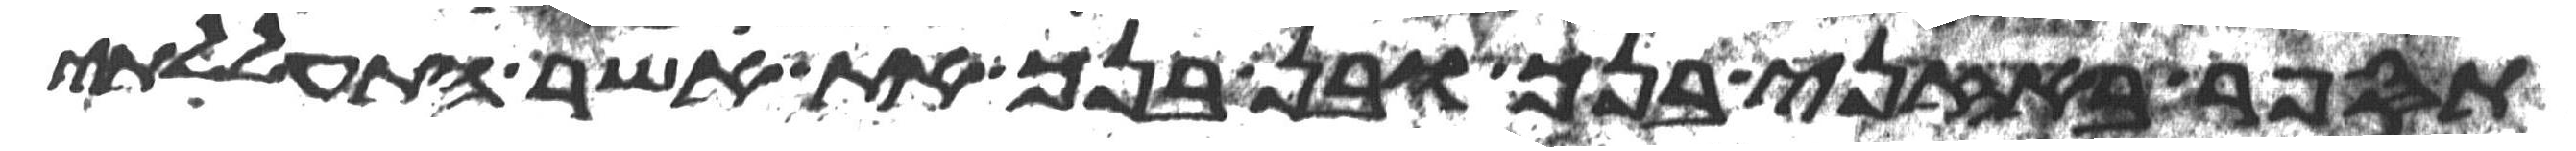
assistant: תספר באזני בנך ובן בנך את אשר התעללתי